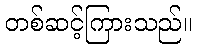
တစ်ဆင့်ကြားသည်။